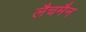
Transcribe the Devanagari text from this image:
लैचमैन